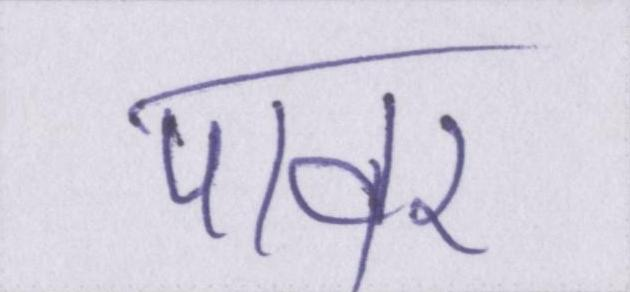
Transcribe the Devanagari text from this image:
पावर